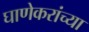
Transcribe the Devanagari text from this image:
घाणेकरांच्या